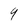
Character: 9